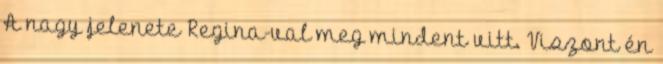
A nagy jelenete Regina-val meg mindent vitt. Viszont én